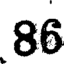
86